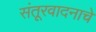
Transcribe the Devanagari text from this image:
संतूरवादनाचे